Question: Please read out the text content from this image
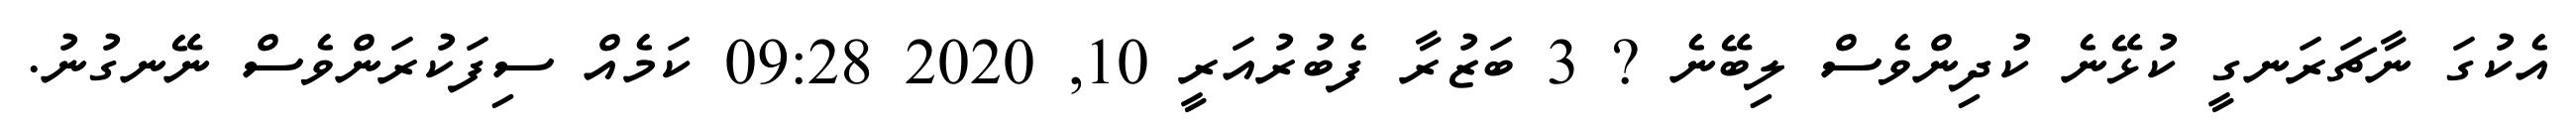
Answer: އެކުގަ ނާޗަރަނގީ ކުޅޭނެ ކުދިންވެސް ލިބޭނެ ? 3 ބަޒުރާ ފެބުރުއަރީ 10, 2020 09:28 ކަމެއް ސިފަކުރަންވެސް ނޭނގުނު.